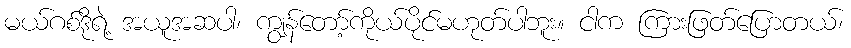
မယ်ဂစ်ဒိုရဲ့ အယူအဆပါ၊ ကျွန်တော့်ကိုယ်ပိုင်မဟုတ်ပါဘူး။ ငါက ကြားဖြတ်ပြောတယ်၊